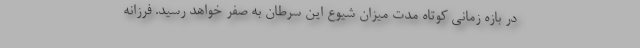
در بازه زمانی کوتاه مدت میزان شیوع این سرطان به صفر خواهد رسید. فرزانه